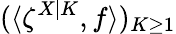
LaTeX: (\langle\zeta^{X|K},f\rangle)_{K\geq 1}